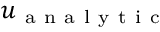
u _ { \mathrm { ~ a ~ n ~ a ~ l ~ y ~ t ~ i ~ c ~ } }